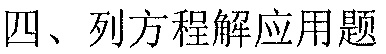
四、列方程解应用题